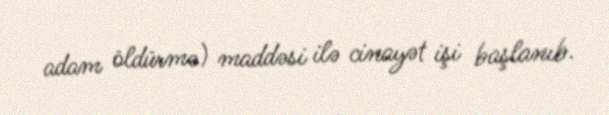
adam öldürmə) maddəsi ilə cinayət işi başlanıb.